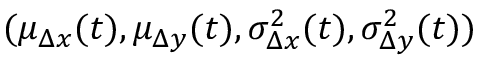
( \mu _ { \Delta x } ( t ) , \mu _ { \Delta y } ( t ) , \sigma _ { \Delta x } ^ { 2 } ( t ) , \sigma _ { \Delta y } ^ { 2 } ( t ) )